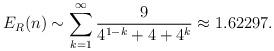
LaTeX: \begin{align*}E_R(n) \sim \sum_{k=1}^\infty \frac{9}{4^{1-k}+4+4^k} \approx 1.62297.\end{align*}